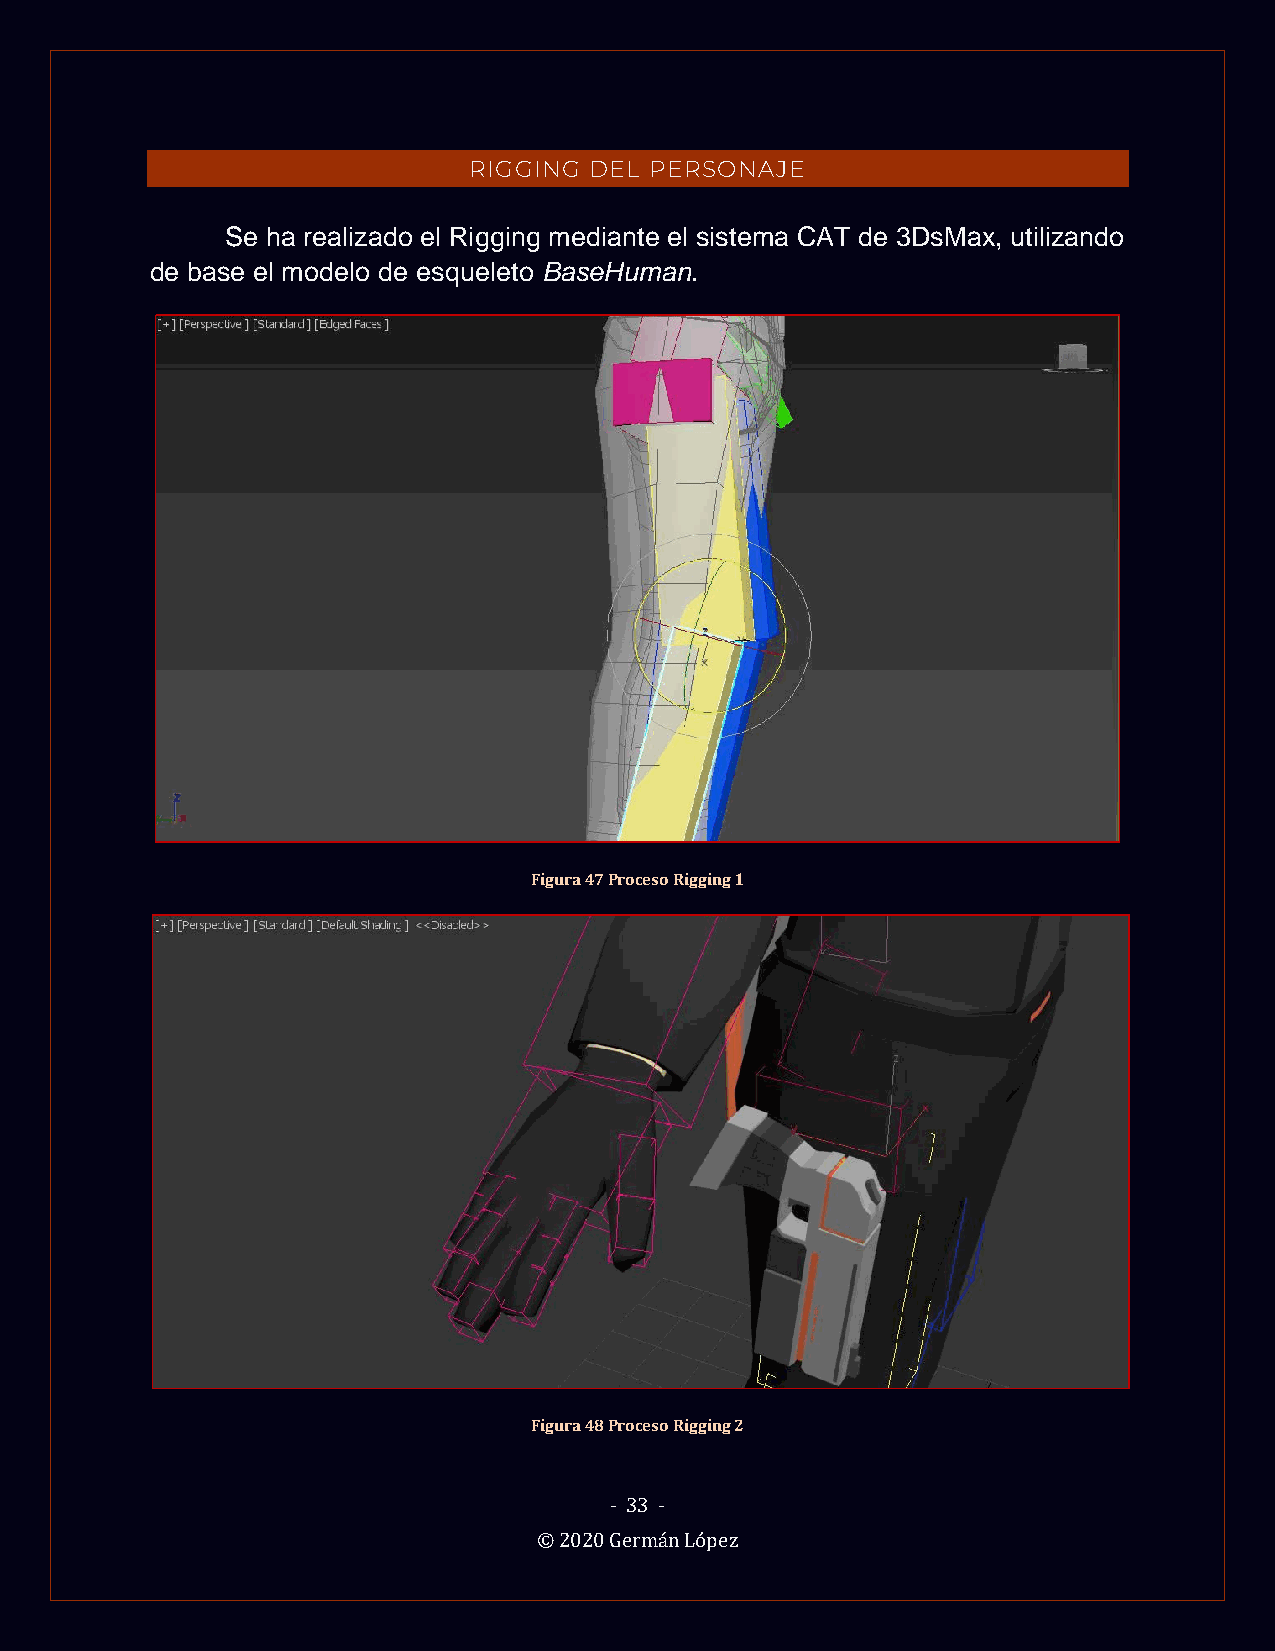
RIGGING DEL PERSONAJE
 Se ha realizado el Rigging mediante el sistema CAT de 3DsMax, utilizando
 de base el modelo de esqueleto BaseHuman.
 Figura 47 Proceso Rigging 1
 Figura 48 Proceso Rigging 2
 - 33 -
 © 2020 Germán López